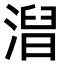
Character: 𣻥